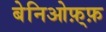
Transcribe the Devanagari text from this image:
बेनिओफ़्फ़